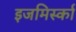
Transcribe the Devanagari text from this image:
इजमिर्स्का